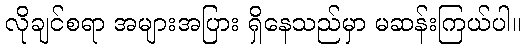
လိုချင်စရာ အများအပြား ရှိနေသည်မှာ မဆန်းကြယ်ပါ။